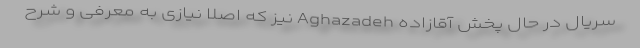
سریال در حال پخش آقازاده Aghazadeh نیز که اصلا نیازی به معرفی و شرح